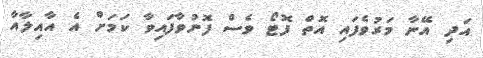
އަދި އޭނާ މަރުވެފައި އޮތް ފޮޓޯ ވެސް ފޮނުވާފައިވާ ކަމަށް އެ އާއިލާއާ